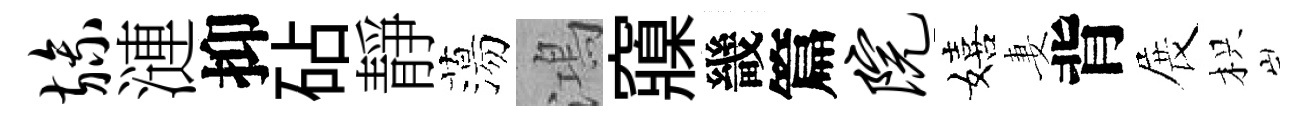
旒漣抑砧靜蕩鴻䆿畿篇院嬉妻背展枳